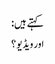
کہتے ہیں:
اور ویڈیو ؟